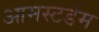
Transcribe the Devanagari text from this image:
आमस्टर्डम